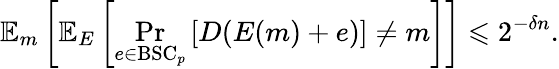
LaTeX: \mathbb{E}_{m}\left[\mathbb{E}_{E}\left[\operatorname*{Pr}_{e\in{\mathrm{BSC}}_{p}}\left[D(E(m)+e)\right]\neq m\right]\right]\leqslant 2^{-\delta n}.